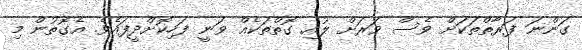
ގަންނަ ފަރާތްތަކަށް ވެސް ވަރަށް ލުއި ގޮތްތަކެއް ވަނީ ފަހިކޮށްދީފައެވެ. އެގޮތުން މި